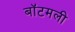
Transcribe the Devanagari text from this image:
बॉटमली